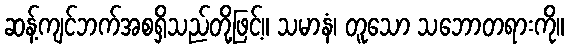
ဆန့်ကျင်ဘက်အစရှိသည်တို့ဖြင့်။ သမာနံ၊ တူသော သဘောတရားကို။